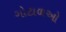
ગોટાળઓ